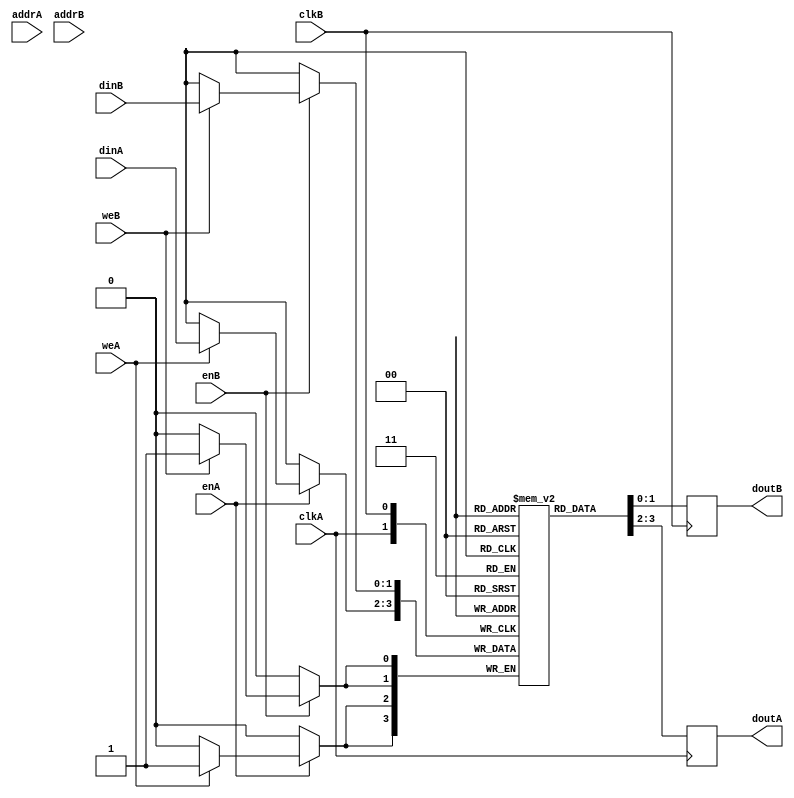
module iob_ram_tdp
  #(
    parameter HEXFILE = "none",
    parameter DATA_W = 0,
    parameter ADDR_W = 0
    )
   (
    // Port A
    input                     clkA,
    input [(DATA_W-1):0]      dinA,
    input [(ADDR_W-1):0]      addrA,
    input                     enA,
    input                     weA,
    output reg [(DATA_W-1):0] doutA,

    // Port B
    input                     clkB,
    input [(DATA_W-1):0]      dinB,
    input [(ADDR_W-1):0]      addrB,
    input                     enB,
    input                     weB,
    output reg [(DATA_W-1):0] doutB
    );

   //this allows ISE 14.7 to work; do not remove
   localparam mem_init_file_int = HEXFILE;

   // Declare the RAM
   reg [DATA_W-1:0]           ram[2**ADDR_W-1:0];

   // Initialize the RAM
   initial
     if(mem_init_file_int != "none")
       $readmemh(mem_init_file_int, ram, 0, 2**ADDR_W - 1);

   //read port
   always @ (posedge clkA) begin// Port A
      if (enA)
        if (weA)
	        ram[addrA] <= dinA;
      `ifdef IS_CYCLONEV
        else
      `endif
      doutA <= ram[addrA];
    end

   //write port
   always @ (posedge clkB) begin // Port B
      if (enB)
        if (weB)
	        ram[addrB] <= dinB;
      `ifdef IS_CYCLONEV
        else
      `endif
	    doutB <= ram[addrB];
    end
 endmodule